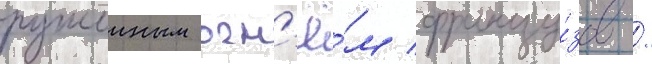
ружеиным огн'ё́м францу́зов /